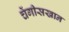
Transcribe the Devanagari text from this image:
चेंगीसखान